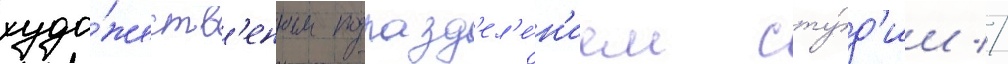
худо́жеств'енным подразд'ел'е́н'ием сту́д'ии //